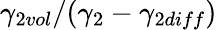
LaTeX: \gamma_{2vol}/(\gamma_{2}-\gamma_{2diff})